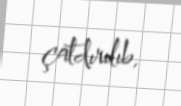
çatdırılıb.